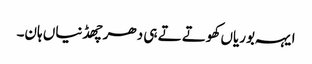
ایہہ بوریاں کھوتے تے ہی دھر چھڈنیاں ہان۔